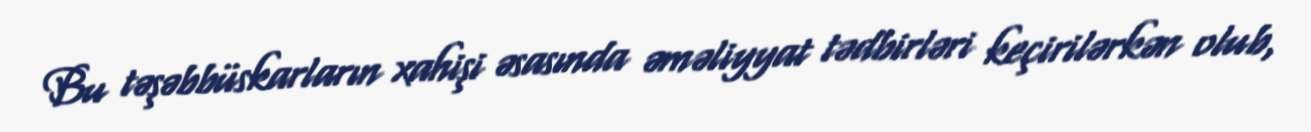
Bu təşəbbüskarların xahişi əsasında əməliyyat tədbirləri keçirilərkən olub,